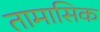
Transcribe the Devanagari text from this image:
तामासिक